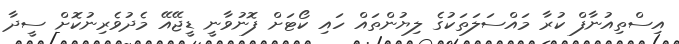
އިސްތިއުނާފް ކުރާ މައްސަލަތަކުގެ ލިޔުންތައް ހައި ކޯޓަށް ފޮނުވާނީ ޑީޖޭއޭ މެދުވެރިނުކޮށް ސީދާ